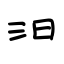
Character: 汨